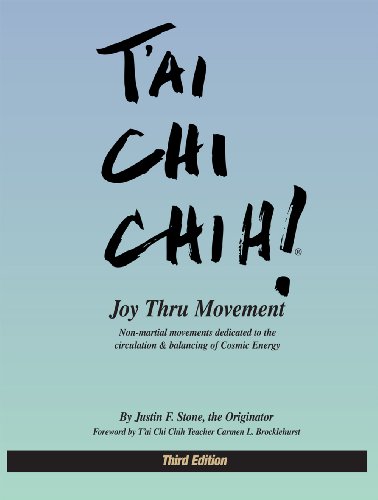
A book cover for T'ai Chi Chih! Joy Thru Movement; Justin Stone; Health, Fitness & Dieting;